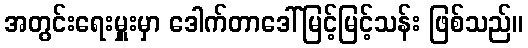
အတွင်းရေးမှူးမှာ ဒေါက်တာဒေါ်မြင့်မြင့်သန်း ဖြစ်သည်။